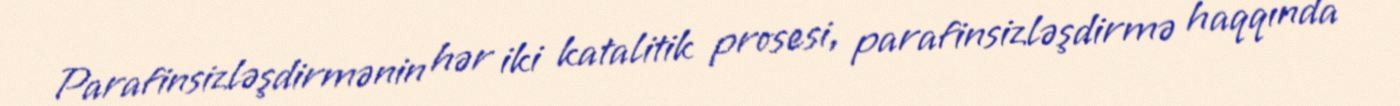
Parafinsizləşdirmənin hər iki katalitik prosesi, parafinsizləşdirmə haqqında